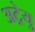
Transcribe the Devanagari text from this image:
अट्रेयु